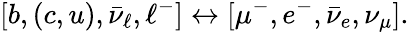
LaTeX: [b,(c,u),\bar{\nu}_{\ell},\ell^{-}]\leftrightarrow[\mu^{-},e^{-},\bar{\nu}_{e},\nu_{\mu}].